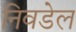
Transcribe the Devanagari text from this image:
निवडेल